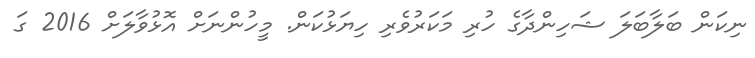
ނިކަން ބަލާބަލަ ޝަހިންދާގެ ހުރި މަކަރުވެރި ހިޔަޅުކަން. މީހުންނަށް އޮޅުވާލަށް 2016 ގަ